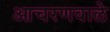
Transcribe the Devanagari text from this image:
आचरणवाले